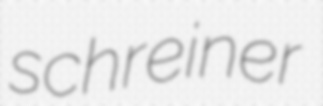
schreiner